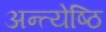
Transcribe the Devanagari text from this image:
अन्त्येष्ठि